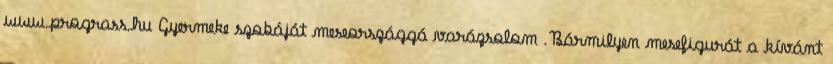
www.prograss.hu Gyermeke szobáját meseországgá varázsolom .Bármilyen mesefigurát a kívánt